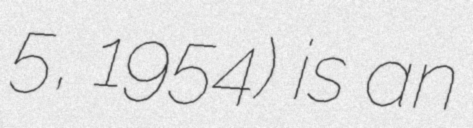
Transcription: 5, 1954) is an